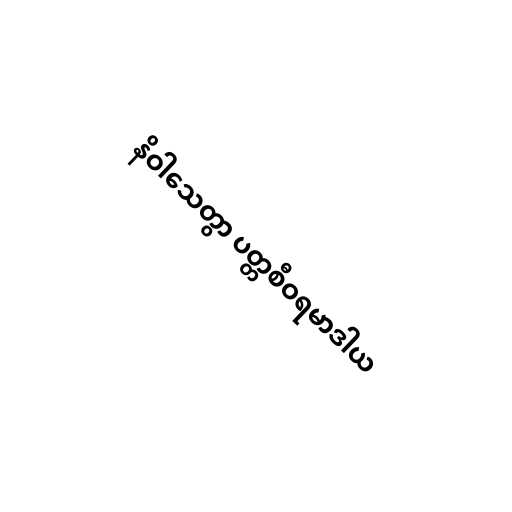
နိဝါသေတွာ ပတ္တစီဝရမာဒါယ